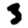
Digit: 3